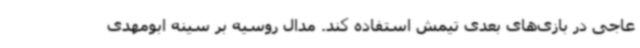
عاجی در بازی‌های بعدی تیمش استفاده کند. مدال روسیه بر سینه ابومهدی